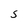
Character: S